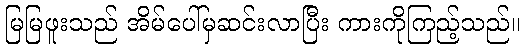
မြမြဖူးသည် အိမ်ပေါ်မှဆင်းလာပြီး ကားကိုကြည့်သည်။